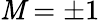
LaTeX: \mathit{M}=\pm1